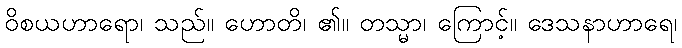
ဝိစယဟာရော၊ သည်။ ဟောတိ၊ ၏။ တသ္မာ၊ ကြောင့်။ ဒေသနာဟာရေ၊